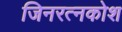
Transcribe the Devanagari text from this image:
जिनरत्नकोश